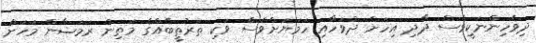
ދިވެހިންނަކީވެސް ދާދި އިހަށް ދުވަހާއި ހަމަޔަށްވެސް ވަކި ތަރުތީބެއްގެ މަތިން ރަމަޟާން މަހަށް